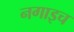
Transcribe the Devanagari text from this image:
नगाइच